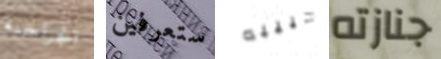
الجراحية ستعرفين حبيبه جنازته